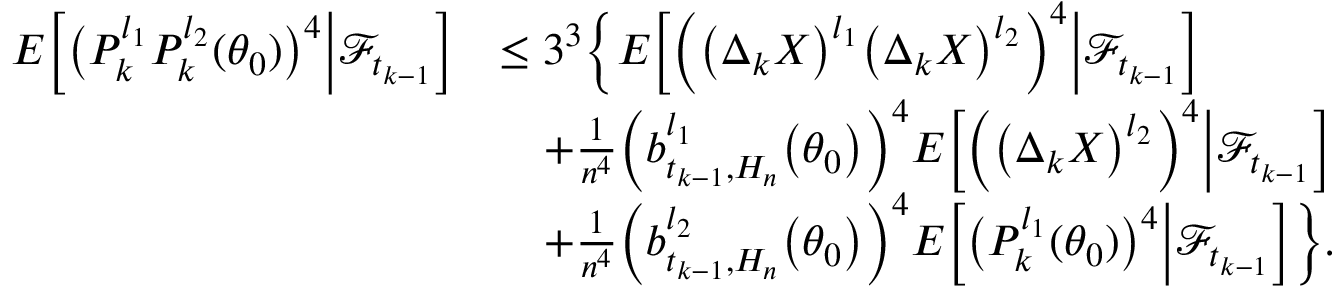
\begin{array} { r l } { E \Big [ \big ( P _ { k } ^ { l _ { 1 } } P _ { k } ^ { l _ { 2 } } ( \theta _ { 0 } ) \big ) ^ { 4 } \Big | \mathcal { F } _ { t _ { k - 1 } } \Big ] } & { \leq 3 ^ { 3 } \bigg \{ E \Big [ \Big ( \big ( \Delta _ { k } X \big ) ^ { l _ { 1 } } \big ( \Delta _ { k } X \big ) ^ { l _ { 2 } } \Big ) ^ { 4 } \Big | \mathcal { F } _ { t _ { k - 1 } } \Big ] } \\ & { \quad + \frac { 1 } { n ^ { 4 } } \Big ( b _ { t _ { k - 1 } , H _ { n } } ^ { l _ { 1 } } \big ( \theta _ { 0 } \big ) \Big ) ^ { 4 } E \Big [ \Big ( \big ( \Delta _ { k } X \big ) ^ { l _ { 2 } } \Big ) ^ { 4 } \Big | \mathcal { F } _ { t _ { k - 1 } } \Big ] } \\ & { \quad + \frac { 1 } { n ^ { 4 } } \Big ( b _ { t _ { k - 1 } , H _ { n } } ^ { l _ { 2 } } \big ( \theta _ { 0 } \big ) \Big ) ^ { 4 } E \Big [ \big ( P _ { k } ^ { l _ { 1 } } ( \theta _ { 0 } ) \big ) ^ { 4 } \Big | \mathcal { F } _ { t _ { k - 1 } } \Big ] \bigg \} . } \end{array}